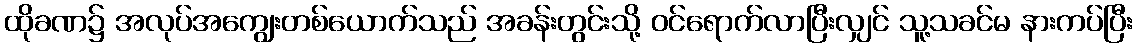
ထိုခဏ၌ အလုပ်အကျွေးတစ်ယောက်သည် အခန်းတွင်းသို့ ဝင်ရောက်လာပြီးလျှင် သူ့သခင်မ နားကပ်ပြီး